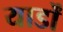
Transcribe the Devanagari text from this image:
यार्डों